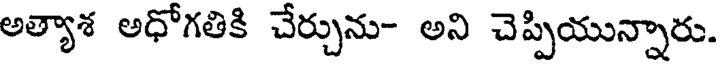
అత్యాశ అధోగతికి చేర్చును- అని చెప్పియున్నారు.